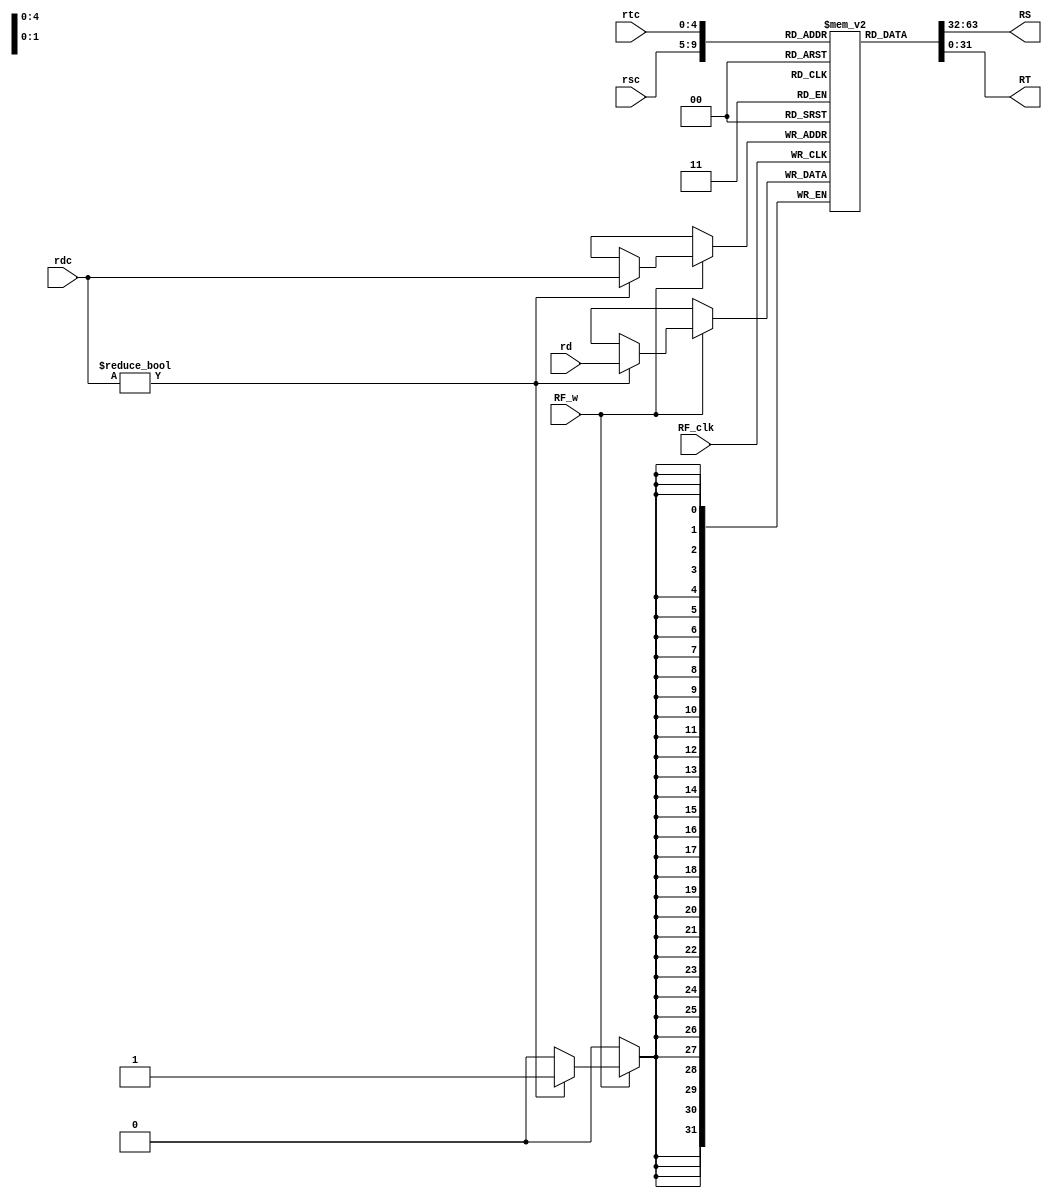
`timescale 1ns / 1ps
module RegFile(
input RF_w,
input RF_clk,
input [4:0] rdc,
input [4:0] rtc,
input [4:0] rsc,
input [31:0] rd,
output [31:0] RS,
output [31:0] RT
);
reg [31:0] data [0:31];
initial
begin
    data[0]<=0;
    data[1]<=0;
    data[2]<=0;
    data[3]<=0;
    data[4]<=0;
    data[5]<=0;
    data[6]<=0;
    data[7]<=0;
    data[8]<=0;
    data[9]<=0;
    data[10]<=0;
    data[11]<=0;
    data[12]<=0;
    data[13]<=0;
    data[14]<=0;
    data[15]<=0;
    data[16]<=0;
    data[17]<=0;
    data[18]<=0;
    data[19]<=0;
    data[20]<=0;
    data[21]<=0;
    data[22]<=0;
    data[23]<=0;
    data[24]<=0;
    data[25]<=0;
    data[26]<=0;
    data[27]<=0;
    data[28]<=0;
    data[29]<=0;
    data[30]<=0;
    data[31]<=0;
end
always @(posedge RF_clk)
begin
    if(RF_w)
        if(rdc!=0)
            data[rdc]<=rd;
end
assign RS=data[rsc];
assign RT=data[rtc];
endmodule